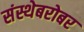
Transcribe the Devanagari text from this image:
संस्थेबरोबर